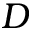
D